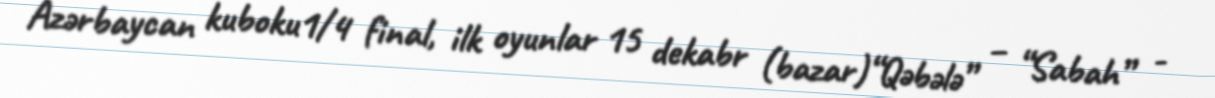
Azərbaycan kuboku1/4 final, ilk oyunlar 15 dekabr (bazar)“Qəbələ” – “Sabah” -